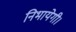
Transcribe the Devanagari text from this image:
निभायेगी।